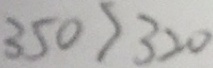
3 5 0 > 3 2 0